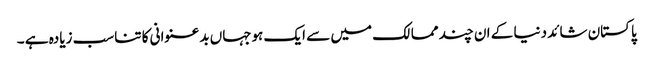
پاکستان شائد دنیا کے ان چند ممالک میں سے ایک ہوجہاں بدعنوانی کا تناسب زیادہ ہے ۔